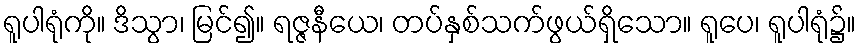
ရူပါရုံကို။ ဒိသွာ၊ မြင်၍။ ရဇ္ဇနီယေ၊ တပ်နှစ်သက်ဖွယ်ရှိသော။ ရူပေ၊ ရူပါရုံ၌။